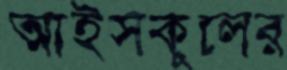
আইসকুলের